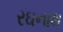
રઘનાથ